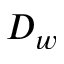
D _ { w }